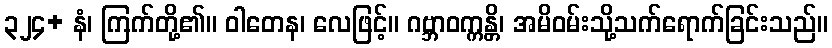
၃၂၄+ နံ၊ ကြက်တို့၏။ ဝါတေန၊ လေဖြင့်။ ဂဗ္ဘာဝက္ကန္တိ၊ အမိဝမ်းသို့သက်ရောက်ခြင်းသည်။